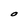
Character: O